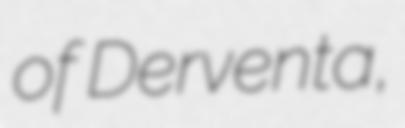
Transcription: of Derventa,